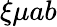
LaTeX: \xi\mu ab